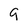
Character: 9